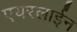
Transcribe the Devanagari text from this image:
एयरलाईन